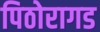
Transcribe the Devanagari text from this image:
पिठोरागड